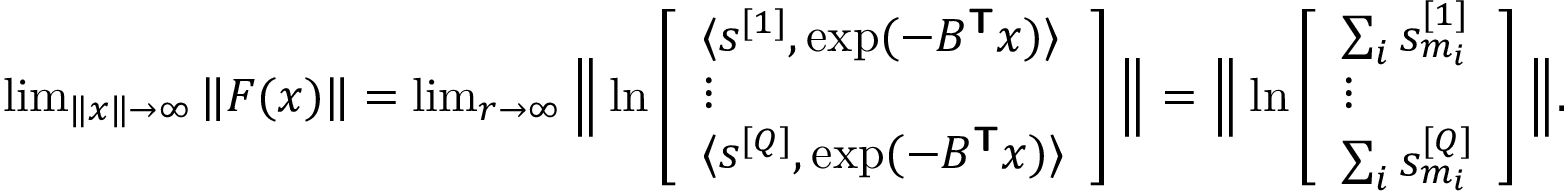
\begin{array} { r } { \operatorname* { l i m } _ { \| \boldsymbol { x } \| \rightarrow \infty } \| \boldsymbol { F } ( \boldsymbol { x } ) \| = \operatorname* { l i m } _ { r \rightarrow \infty } \Big \| \ln \left[ \begin{array} { l } { \langle \boldsymbol { s } ^ { [ 1 ] } , \exp ( - B ^ { \boldsymbol { \mathsf { T } } } \boldsymbol { x } ) \rangle } \\ { \vdots } \\ { \langle \boldsymbol { s } ^ { [ Q ] } , \exp ( - B ^ { \boldsymbol { \mathsf { T } } } \boldsymbol { x } ) \rangle } \end{array} \right] \Big \| = \Big \| \ln \left[ \begin{array} { l } { \sum _ { i } s _ { m _ { i } } ^ { [ 1 ] } } \\ { \vdots } \\ { \sum _ { i } s _ { m _ { i } } ^ { [ Q ] } } \end{array} \right] \Big \| . } \end{array}